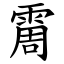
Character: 霌